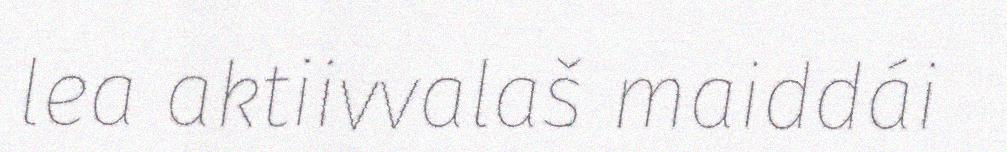
lea aktiivvalaš maiddái